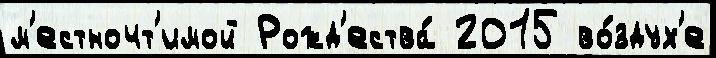
м'естночт'имой Рожд'ества́ 2015 во́здух'е